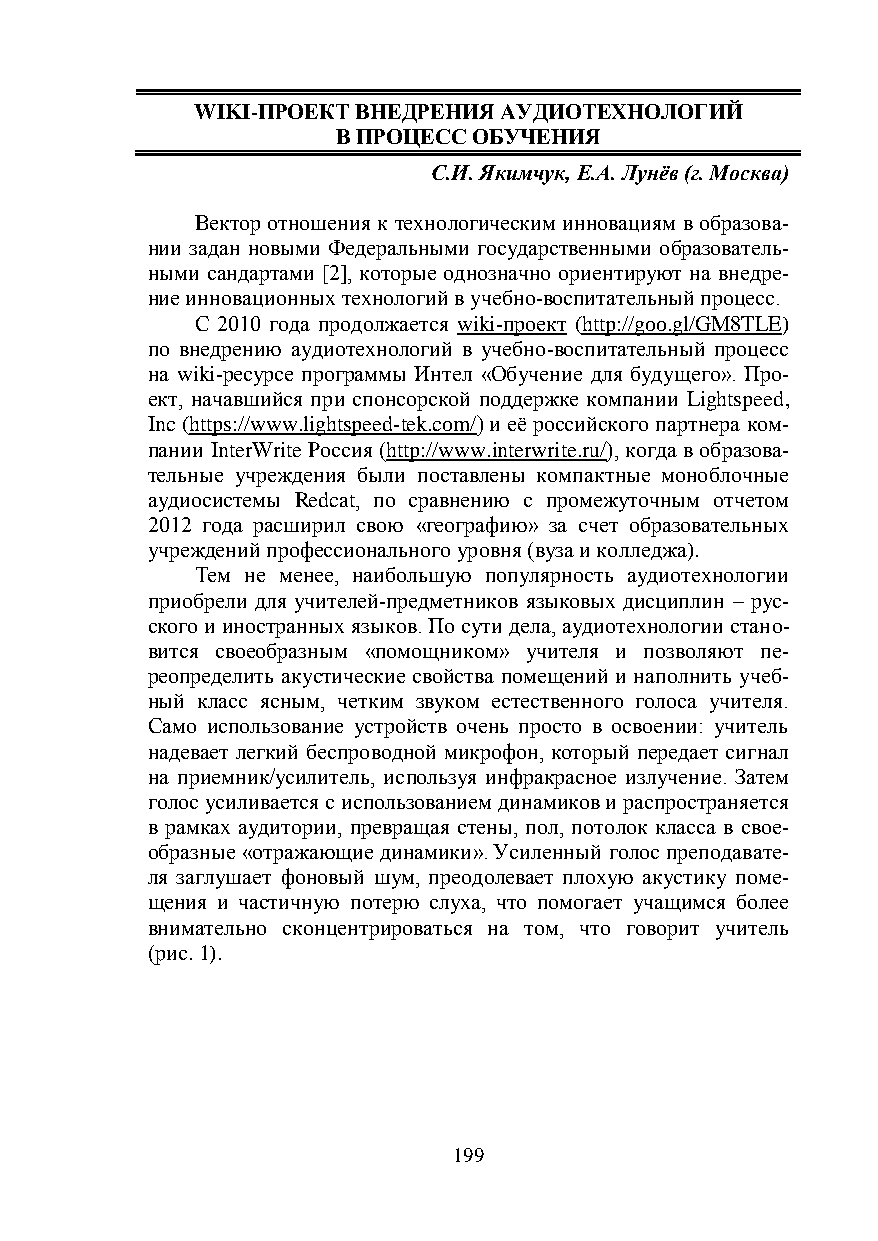
WIKI-ПРОЕКТ ВНЕДРЕНИЯ АУДИОТЕХНОЛОГИЙ
 В ПРОЦЕСС ОБУЧЕНИЯ
 С.И. Якимчук, Е.А. Лунёв (г. Москва)
 Вектор отношения к технологическим инновациям в образова-
 нии задан новыми Федеральными государственными образователь-
 ными сандартами [2], которые однозначно ориентируют на внедре-
 ние инновационных технологий в учебно-воспитательный процесс.
 С 2010 года продолжается wiki-проект (http://goo.gl/GM8TLE)
 по внедрению аудиотехнологий в учебно-воспитательный процесс
 на wiki-ресурсе программы Интел «Обучение для будущего». Про-
 ект, начавшийся при спонсорской поддержке компании Lightspeed,
 Inc (https://www.lightspeed-tek.com/) и её российского партнера ком-
 пании InterWrite Россия (http://www.interwrite.ru/), когда в образова-
 тельные учреждения были поставлены компактные моноблочные
 аудиосистемы Redcat, по сравнению с промежуточным отчетом
 2012 года расширил свою «географию» за счет образовательных
 учреждений профессионального уровня (вуза и колледжа).
 Тем не менее, наибольшую популярность аудиотехнологии
 приобрели для учителей-предметников языковых дисциплин – рус-
 ского и иностранных языков. По сути дела, аудиотехнологии стано-
 вится своеобразным «помощником» учителя и позволяют пе-
 реопределить акустические свойства помещений и наполнить учеб-
 ный класс ясным, четким звуком естественного голоса учителя.
 Само использование устройств очень просто в освоении: учитель
 надевает легкий беспроводной микрофон, который передает сигнал
 на приемник/усилитель, используя инфракрасное излучение. Затем
 голос усиливается с использованием динамиков и распространяется
 в рамках аудитории, превращая стены, пол, потолок класса в свое-
 образные «отражающие динамики». Усиленный голос преподавате-
 ля заглушает фоновый шум, преодолевает плохую акустику поме-
 щения и частичную потерю слуха, что помогает учащимся более
 внимательно сконцентрироваться на том, что говорит учитель
 (рис. 1).
 199